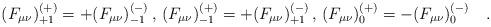
LaTeX: \begin{align*}(F_{\mu\nu})^{(+)}_{+1} = + (F_{\mu\nu})^{(-)}_{-1} \, , \,(F_{\mu\nu})^{(+)}_{-1} = + (F_{\mu\nu})^{(-)}_{+1} \, , \,(F_{\mu\nu})^{(+)}_{0} = - (F_{\mu\nu})^{(-)}_{0} \quad.\end{align*}